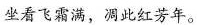
坐看飞霜满，凋此红芳年。